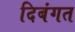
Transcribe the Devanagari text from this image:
दिबंगत